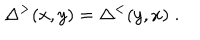
\Delta ^ { > } ( x , y ) = \Delta ^ { < } ( y , x ) \; .